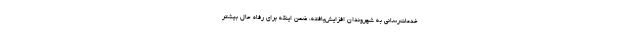
خدمات‌رسانی به شهروندان افزایش‌یافته، ضمن اینکه برای رفاه حال بیشتر